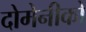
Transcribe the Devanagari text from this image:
दोमेनीको